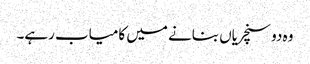
وہ دو سنچریاں بنانے میں کامیاب رہے۔